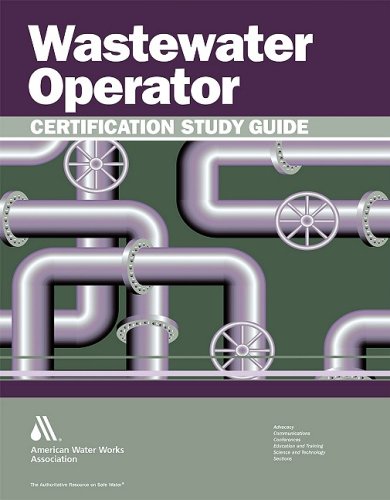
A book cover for Wastewater Operator Certification Study Guide; John Giorgi; Test Preparation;